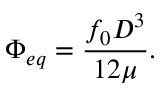
\Phi _ { e q } = \frac { f _ { 0 } D ^ { 3 } } { 1 2 \mu } .